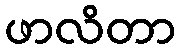
ဖာလိတာ